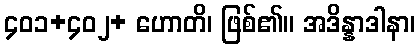
၄၀၁+၄၀၂+ ဟောတိ၊ ဖြစ်၏။ အဒိန္နာဒါနာ၊